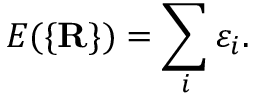
E ( \{ \mathbf { R } \} ) = \sum _ { i } \varepsilon _ { i } .